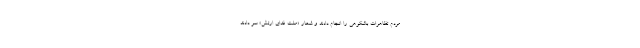
مردم تظاهرات باشکوهی را انجام دادند و شعار «ملت فدای ارتش» سر دادند